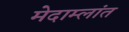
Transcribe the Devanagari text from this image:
मेदाम्लांत